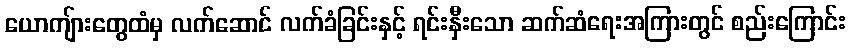
ယောကျ်ားတွေထံမှ လက်ဆောင် လက်ခံခြင်းနှင့် ရင်းနှီးသော ဆက်ဆံရေးအကြားတွင် စည်းကြောင်း